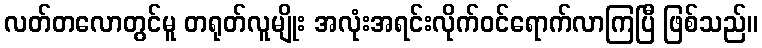
လတ်တလောတွင်မူ တရုတ်လူမျိုး အလုံးအရင်းလိုက်ဝင်ရောက်လာကြပြီ ဖြစ်သည်။